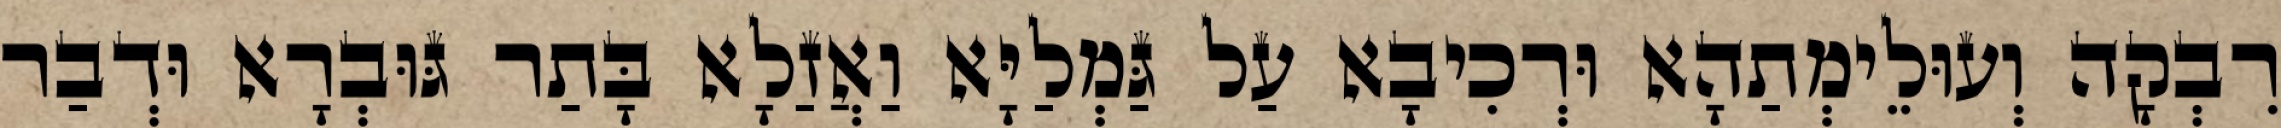
רִבְקָה וְעוּלֵימְתַהָא וּרְכִיבָא עַל גַּמְלַיָּא וַאֲזַלָא בָּתַר גּוּבְרָא וּדְבַר